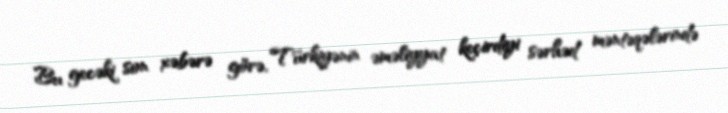
Bu gecəki son xəbərə görə, Türkiyənin əməliyyat keçirdiyi sərhəd məntəqələrində